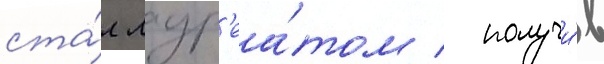
ста́л лаур'еа́том / получи́в